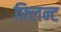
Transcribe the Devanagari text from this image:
फ़्लिन्ट